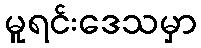
မူရင်းဒေသမှာ